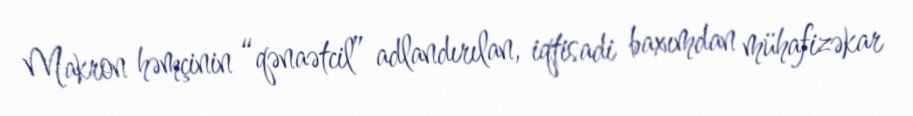
Makron həmçinin “qənaətcil” adlandırılan, iqtisadi baxımdan mühafizəkar